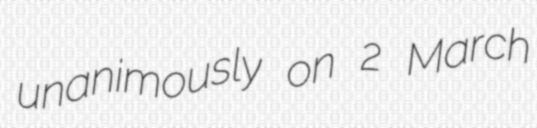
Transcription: unanimously on 2 March